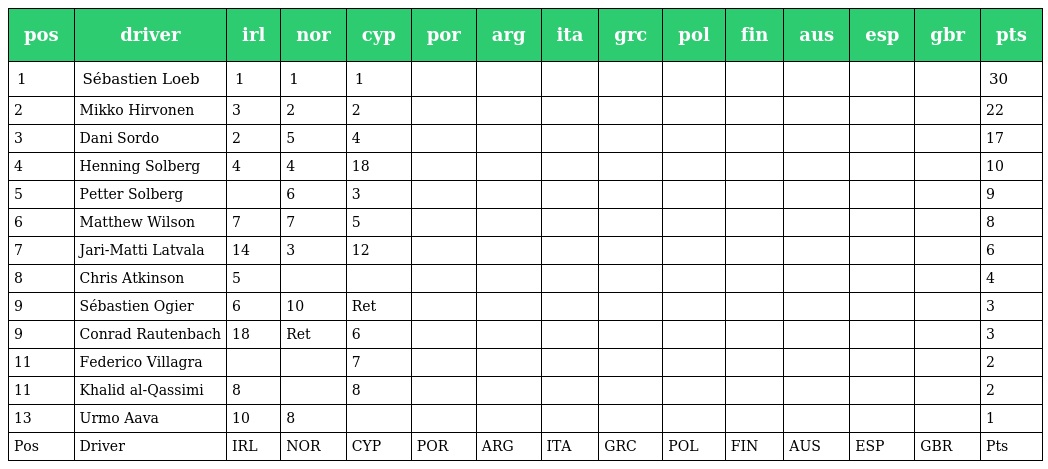
| pos | driver | irl | nor | cyp | por | arg | ita | grc | pol | fin | aus | esp | gbr | pts |
 | --- | --- | --- | --- | --- | --- | --- | --- | --- | --- | --- | --- | --- | --- | --- |
 | 1 | Sébastien Loeb | 1 | 1 | 1 |  |  |  |  |  |  |  |  |  | 30 |
 | 2 | Mikko Hirvonen | 3 | 2 | 2 |  |  |  |  |  |  |  |  |  | 22 |
 | 3 | Dani Sordo | 2 | 5 | 4 |  |  |  |  |  |  |  |  |  | 17 |
 | 4 | Henning Solberg | 4 | 4 | 18 |  |  |  |  |  |  |  |  |  | 10 |
 | 5 | Petter Solberg |  | 6 | 3 |  |  |  |  |  |  |  |  |  | 9 |
 | 6 | Matthew Wilson | 7 | 7 | 5 |  |  |  |  |  |  |  |  |  | 8 |
 | 7 | Jari-Matti Latvala | 14 | 3 | 12 |  |  |  |  |  |  |  |  |  | 6 |
 | 8 | Chris Atkinson | 5 |  |  |  |  |  |  |  |  |  |  |  | 4 |
 | 9 | Sébastien Ogier | 6 | 10 | Ret |  |  |  |  |  |  |  |  |  | 3 |
 | 9 | Conrad Rautenbach | 18 | Ret | 6 |  |  |  |  |  |  |  |  |  | 3 |
 | 11 | Federico Villagra |  |  | 7 |  |  |  |  |  |  |  |  |  | 2 |
 | 11 | Khalid al-Qassimi | 8 |  | 8 |  |  |  |  |  |  |  |  |  | 2 |
 | 13 | Urmo Aava | 10 | 8 |  |  |  |  |  |  |  |  |  |  | 1 |
 | Pos | Driver | IRL | NOR | CYP | POR | ARG | ITA | GRC | POL | FIN | AUS | ESP | GBR | Pts |